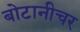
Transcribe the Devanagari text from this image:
बोटानीचर